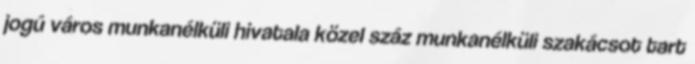
jogú város munkanélküli hivatala közel száz munkanélküli szakácsot tart